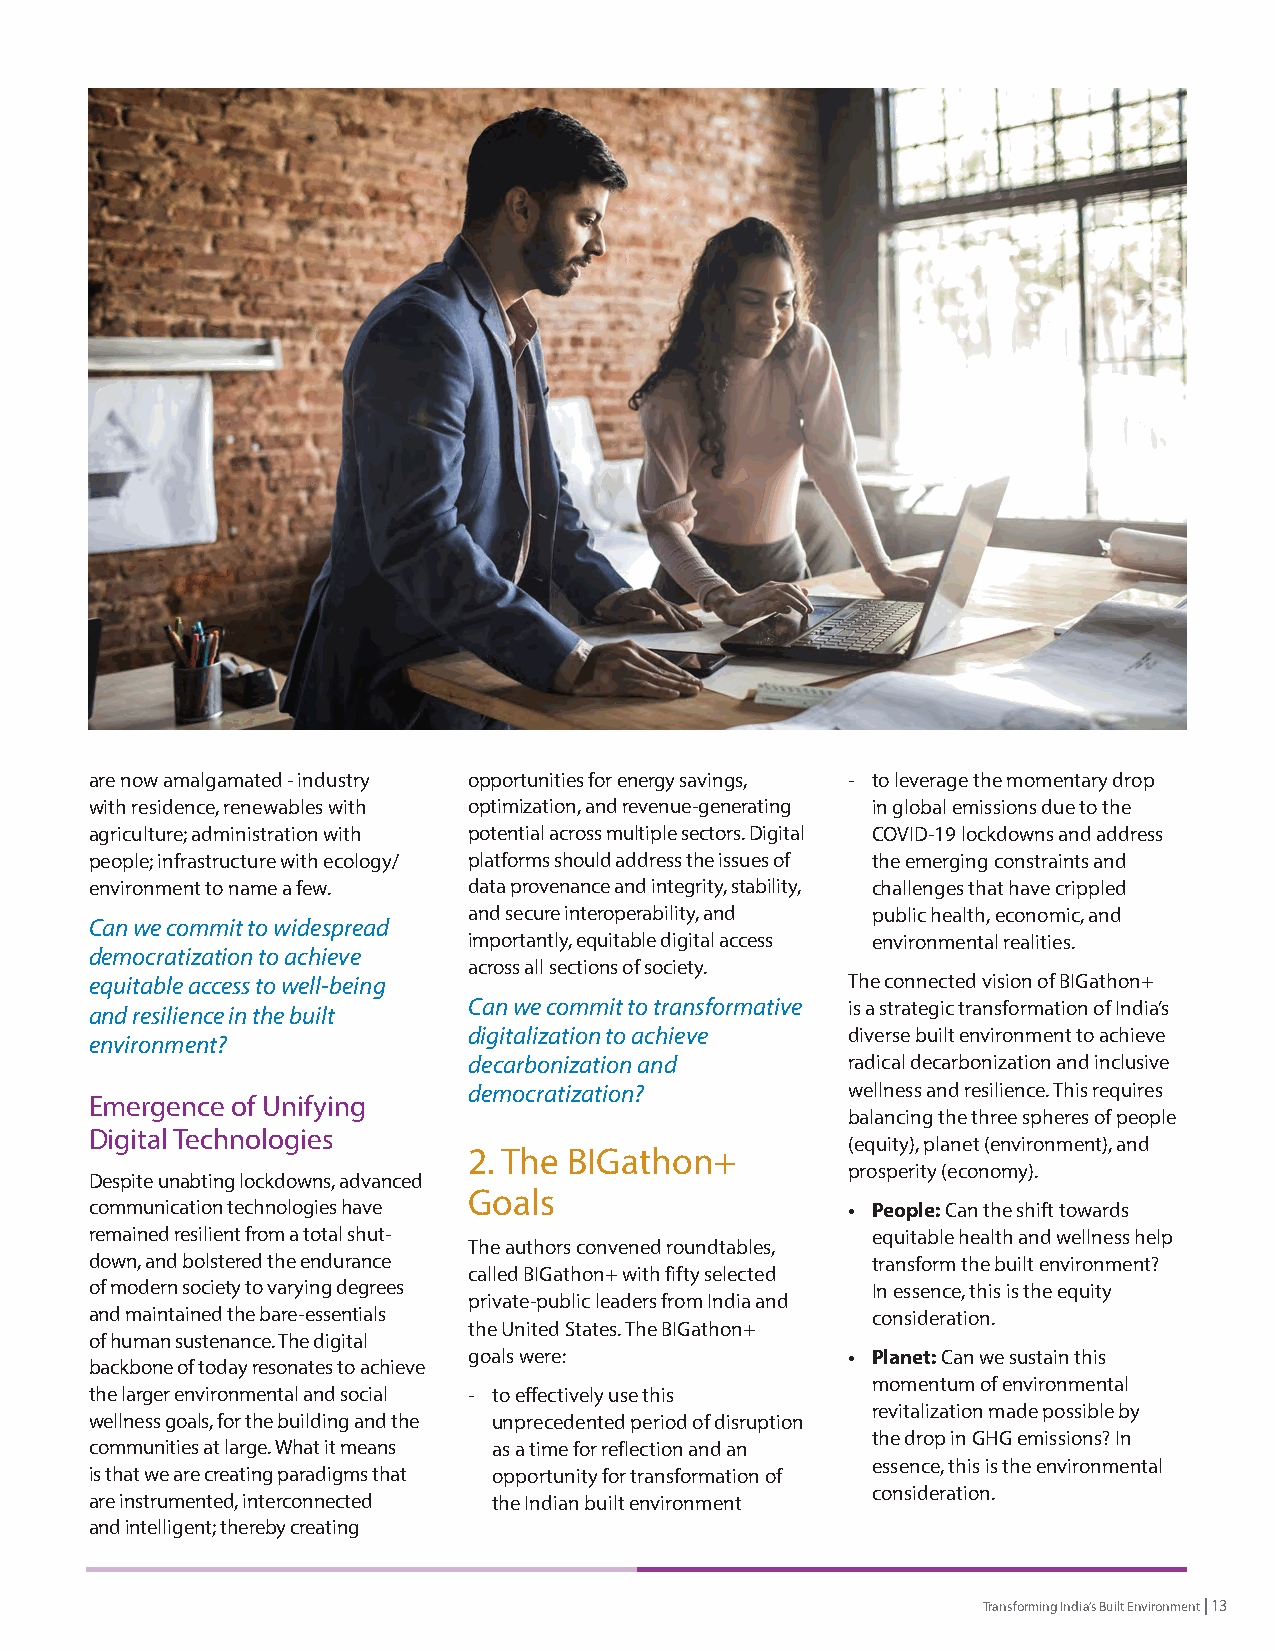
are now amalgamated - industry opportunities for energy savings, - to leverage the momentary drop
 with residence, renewables with optimization, and revenue-generating in global emissions due to the
 agriculture; administration with potential across multiple sectors. Digital COVID-19 lockdowns and address
 people; infrastructure with ecology/ platforms should address the issues of the emerging constraints and
 environment to name a few. data provenance and integrity, stability, challenges that have crippled
 and secure interoperability, and public health, economic, and
 Can we commit to widespread
 importantly, equitable digital access environmental realities.
 democratization to achieve
 across all sections of society.
 equitable access to well-being                    The connected vision of BIGathon+
 and resilience in the built Can we commit to transformative is a strategic transformation of India’s
 digitalization to achieve diverse built environment to achieve
 environment?
 decarbonization and      radical decarbonization and inclusive
 democratization?         wellness and resilience. This requires
 Emergence of Unifying
 balancing the three spheres of people
 Digital Technologies
 (equity), planet (environment), and
 2. The BIGathon+
 prosperity (economy).
 Despite unabting lockdowns, advanced
 Goals
 communication technologies have                   • People: Can the shift towards
 remained resilient from a total shut-               equitable health and wellness help
 The authors convened roundtables,
 down, and bolstered the endurance                   transform the built environment?
 called BIGathon+ with fifty selected
 of modern society to varying degrees                In essence, this is the equity
 private-public leaders from India and
 and maintained the bare-essentials                  consideration.
 the United States. The BIGathon+
 of human sustenance. The digital
 goals were:              • Planet: Can we sustain this
 backbone of today resonates to achieve
 momentum of environmental
 the larger environmental and social - to effectively use this
 revitalization made possible by
 wellness goals, for the building and the unprecedented period of disruption
 the drop in GHG emissions? In
 communities at large. What it means as a time for reflection and an
 essence, this is the environmental
 is that we are creating paradigms that opportunity for transformation of
 consideration.
 are instrumented, interconnected the Indian built environment
 and intelligent; thereby creating
 Transforming India’s Built Environment | 13